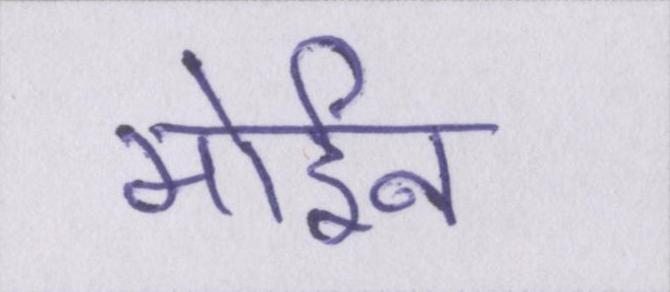
मोईन